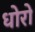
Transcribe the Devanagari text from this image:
धोरो